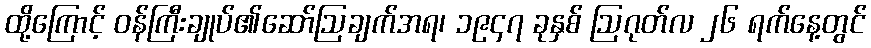
ထို့ကြောင့် ဝန်ကြီးချုပ်၏ဆော်ဩချက်အရ၊ ၁၉၄၇ ခုနှစ် ဩဂုတ်လ ၂၆ ရက်နေ့တွင်